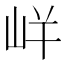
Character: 𭖓